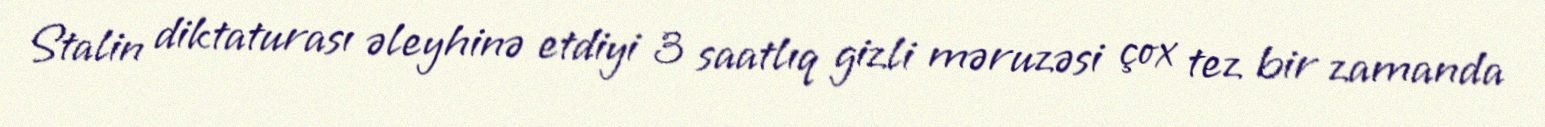
Stalin diktaturası əleyhinə etdiyi 3 saatlıq gizli məruzəsi çox tez bir zamanda